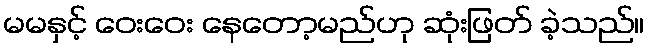
မမနှင့် ဝေးဝေး နေတော့မည်ဟု ဆုံးဖြတ် ခဲ့သည်။